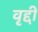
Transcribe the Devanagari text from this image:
वृद्दी